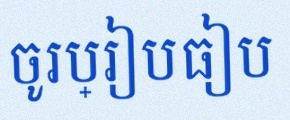
ចូរប្រៀបធៀប